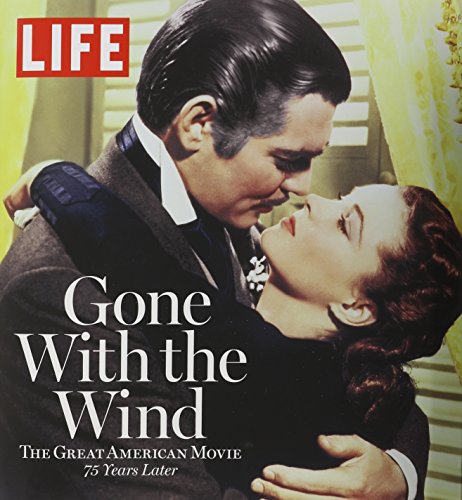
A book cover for LIFE Gone with the Wind: The Great American Movie 75 Years Later; The Editors of LIFE; Humor & Entertainment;